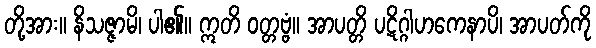
တို့အား။ နိသဇ္ဇာမိ၊ ပါ၏။ ဣတိ ဝတ္တဗ္ဗံ။ အာပတ္တိ ပဋိဂ္ဂါဟကေနာပိ၊ အာပတ်ကို